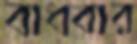
বাধবার